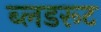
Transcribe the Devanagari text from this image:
ब्लडरूट